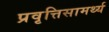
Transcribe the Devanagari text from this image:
प्रवृत्तिसामर्थ्य